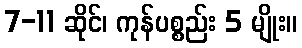
7-11 ဆိုင်၊ ကုန်ပစ္စည်း 5 မျိုး။